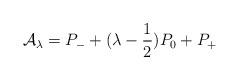
LaTeX: \begin{align*}\mathcal{A}_\lambda=P_-+(\lambda-\frac{1}{2})P_0+P_+\end{align*}